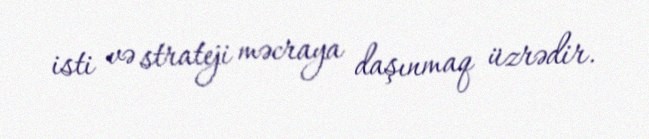
isti və strateji məcraya daşınmaq üzrədir.